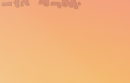
جولة سياحية في المدينة ال